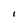
Character: l